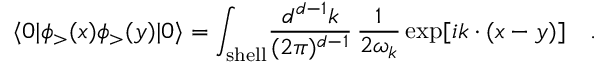
\langle 0 | \phi _ { > } ( x ) \phi _ { > } ( y ) | 0 \rangle = \int _ { \mathrm { s h e l l } } \! { \frac { d ^ { d - 1 } k } { ( 2 \pi ) ^ { d - 1 } } } \, { \frac { 1 } { 2 \omega _ { k } } } \exp [ i k \cdot ( x - y ) ] \quad .